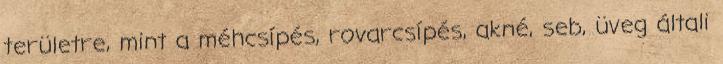
területre, mint a méhcsípés, rovarcsípés, akné, seb, üveg általi